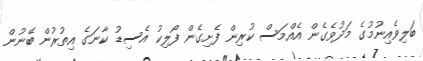
ބަލިވެއިނުމުގެ މަދުވެގެން އެއްމަސް ކުރިން ފެށިގެން ފޯލިކު އެސިޑު ކާނަގެ އިތުރުން ބޭނުން